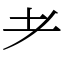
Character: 耂